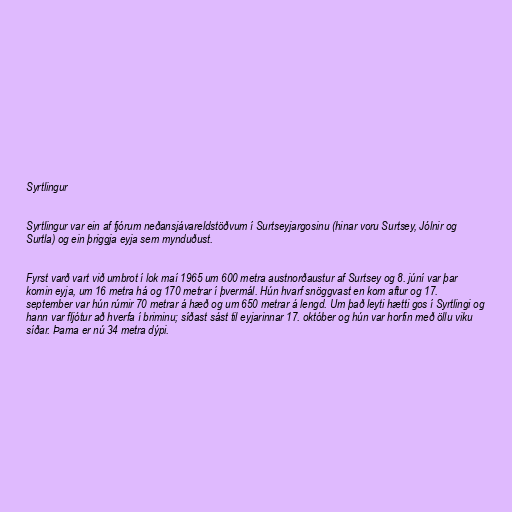
Syrtlingur

Syrtlingur var ein af fjórum neðansjávareldstöðvum í Surtseyjargosinu (hinar voru Surtsey, Jólnir og
Surtla) og ein þriggja eyja sem mynduðust.

Fyrst varð vart við umbrot í lok maí 1965 um 600 metra austnorðaustur af Surtsey og 8. júní var þar
komin eyja, um 16 metra há og 170 metrar í þvermál. Hún hvarf snöggvast en kom aftur og 17.
september var hún rúmir 70 metrar á hæð og um 650 metrar á lengd. Um það leyti hætti gos í Syrtlingi og
hann var fljótur að hverfa í briminu; síðast sást til eyjarinnar 17. október og hún var horfin með öllu viku
síðar. Þarna er nú 34 metra dýpi.